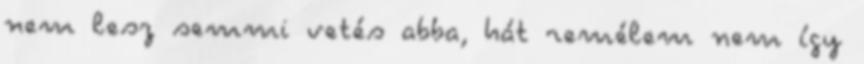
nem lesz semmi vetés abba, hát remélem nem így